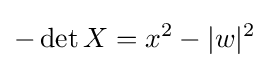
-\det X=x^{2}-|w|^{2}